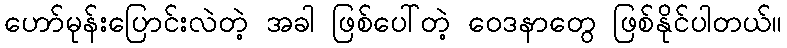
ဟော်မုန်းပြောင်းလဲတဲ့ အခါ ဖြစ်ပေါ်တဲ့ ဝေဒနာတွေ ဖြစ်နိုင်ပါတယ်။